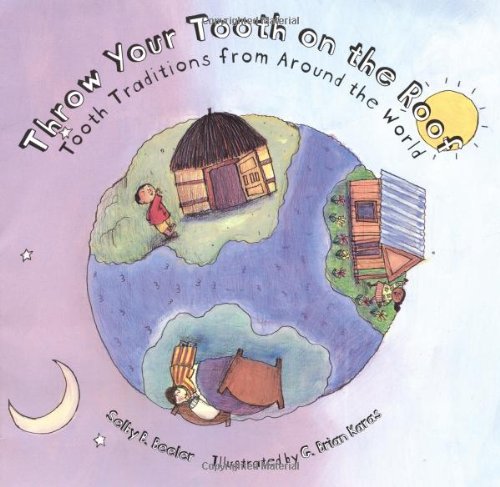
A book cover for Throw Your Tooth on the Roof: Tooth Traditions from Around the World; Selby Beeler; Children's Books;